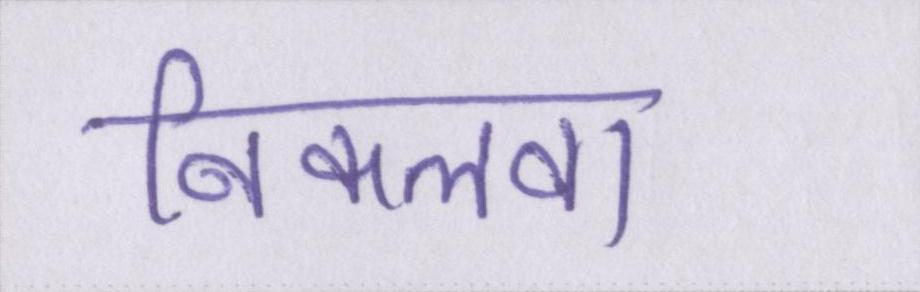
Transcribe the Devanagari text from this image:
निकलवा